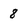
Character: 8